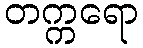
တက္ကရော